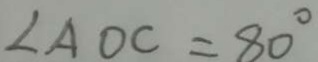
\angle A O C = 8 0 ^ { \circ }